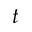
t